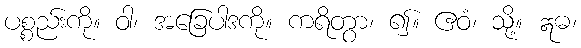
ပစ္စည်းကို။ ဝါ၊ အခြေပါဒကို။ ကရိတွာ၊ ၍။ ဧဝံ၊ သို့။ ဣဓ၊